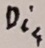
Text: Di4